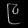
Digit: ၉